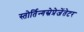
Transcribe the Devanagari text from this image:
स्तोर्तिन्गस्रेप्रेजेंतेटर